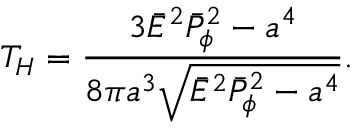
T _ { H } = { \frac { 3 \bar { \cal E } ^ { 2 } \bar { \cal P } _ { \phi } ^ { 2 } - a ^ { 4 } } { 8 \pi a ^ { 3 } \sqrt { \bar { \cal E } ^ { 2 } \bar { \cal P } _ { \phi } ^ { 2 } - a ^ { 4 } } } } .